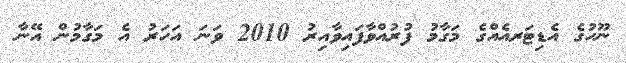
ނޫހުގެ އެޑިޓަރއެއްގެ މަގާމު ފުރުއްވާފައިވާއިރު 2010 ވަނަ އަހަރު އެ މަގާމުން އޭނާ